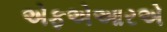
એફએઆરએ